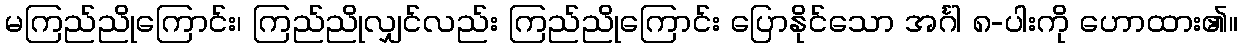
မကြည်ညိုကြောင်း၊ ကြည်ညိုလျှင်လည်း ကြည်ညိုကြောင်း ပြောနိုင်သော အင်္ဂါ ၈-ပါးကို ဟောထား၏။